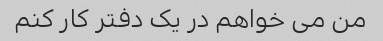
من می خواهم در یک دفتر کار کنم